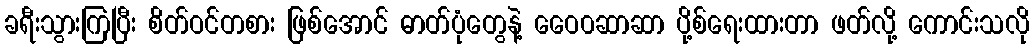
ခရီးသွားကြပြီး စိတ်ဝင်တစား ဖြစ်အောင် ဓာတ်ပုံတွေနဲ့ ဝေေ၀ဆာဆာ ပို့စ်ရေးထားတာ ဖတ်လို့ ကောင်းသလို